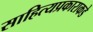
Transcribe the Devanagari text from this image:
साहित्यप्रकाराकडे